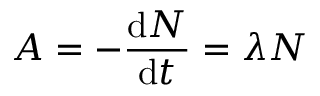
A = - { \frac { \mathrm { d } N } { \mathrm { d } t } } = \lambda N